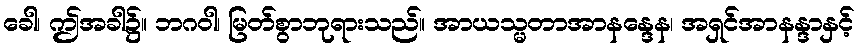
ခေါ၊ ဤအခါ၌။ ဘဂဝါ၊ မြတ်စွာဘုရားသည်။ အာယသ္မတာအာနန္ဒေန၊ အရှင်အာနန္ဒာနှင့်